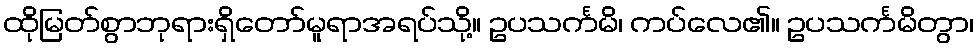
ထိုမြတ်စွာဘုရားရှိတော်မူရာအရပ်သို့။ ဥပသင်္ကမိ၊ ကပ်လေ၏။ ဥပသင်္ကမိတွာ၊